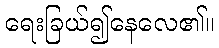
ရေးခြယ်၍နေလေ၏။